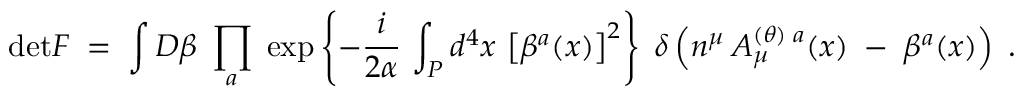
\mathrm { d e t } { \cal F } \; = \; \int { \cal D } \beta \; \prod _ { a } \; \exp \left\{ - \frac { i } { 2 \alpha } \, \int _ { P } d ^ { 4 } x \, \left[ \beta ^ { a } ( x ) \right] ^ { 2 } \right\} \; \delta \left( n ^ { \mu } \, { \cal A } _ { \mu } ^ { ( \theta ) \; a } ( x ) \; - \; \beta ^ { a } ( x ) \right) \; .